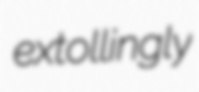
extollingly